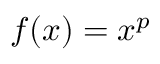
f ( x ) = x ^ { p }